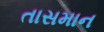
તાસમાન